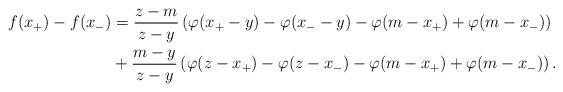
LaTeX: \begin{align*} f(x_+) - f(x_-) &= \frac{z-m}{z-y}\left(\varphi(x_+-y) -\varphi(x_--y) - \varphi(m-x_+)+\varphi(m-x_-)\right)\\ &+\frac{m-y}{z-y}\left(\varphi(z-x_+) -\varphi(z-x_-) - \varphi(m-x_+)+\varphi(m-x_-)\right).\end{align*}